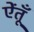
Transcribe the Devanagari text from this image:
ऐंतूँ